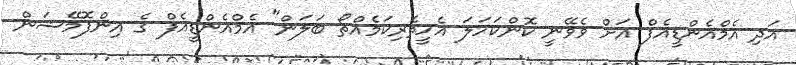
އަދި އެމްއެންޑީއެފް އަށް ވެވޭނީ ކޮންކަހަލަ އެހީތެރިކަމެއްތޯ ބަލަން" އެމްއެންޑީއެފް ގެ އިންފޮމޭޝަން